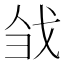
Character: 𢦳